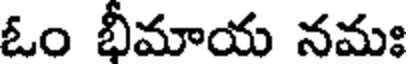
ఓం భీమాయ నమః